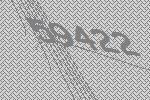
59422